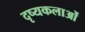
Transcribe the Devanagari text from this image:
दृष्यकलाओं